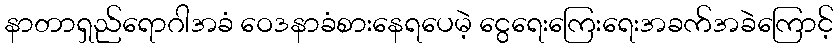
နာတာရှည်ရောဂါအခံ ဝေဒနာခံစားနေရပေမဲ့ ငွေရေးကြေးရေးအခက်အခဲကြောင့်